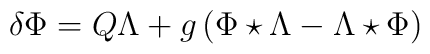
\delta \Phi = Q \Lambda + g \left( \Phi\star \Lambda -\Lambda\star \Phi \right)